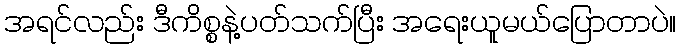
အရင်လည်း ဒီကိစ္စနဲ့ပတ်သက်ပြီး အရေးယူမယ်ပြောတာပဲ။